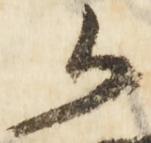
御